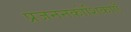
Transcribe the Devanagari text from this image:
प्रजननकोशिकाएँ